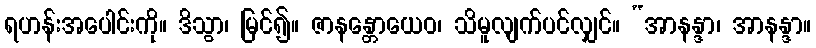
ရဟန်းအပေါင်းကို။ ဒိသွာ၊ မြင်၍။ ဇာနန္တောယေဝ၊ သိမူလျက်ပင်လျှင်။ “အာနန္ဒာ၊ အာနန္ဒာ။